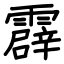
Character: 霹